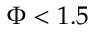
\Phi < 1 . 5